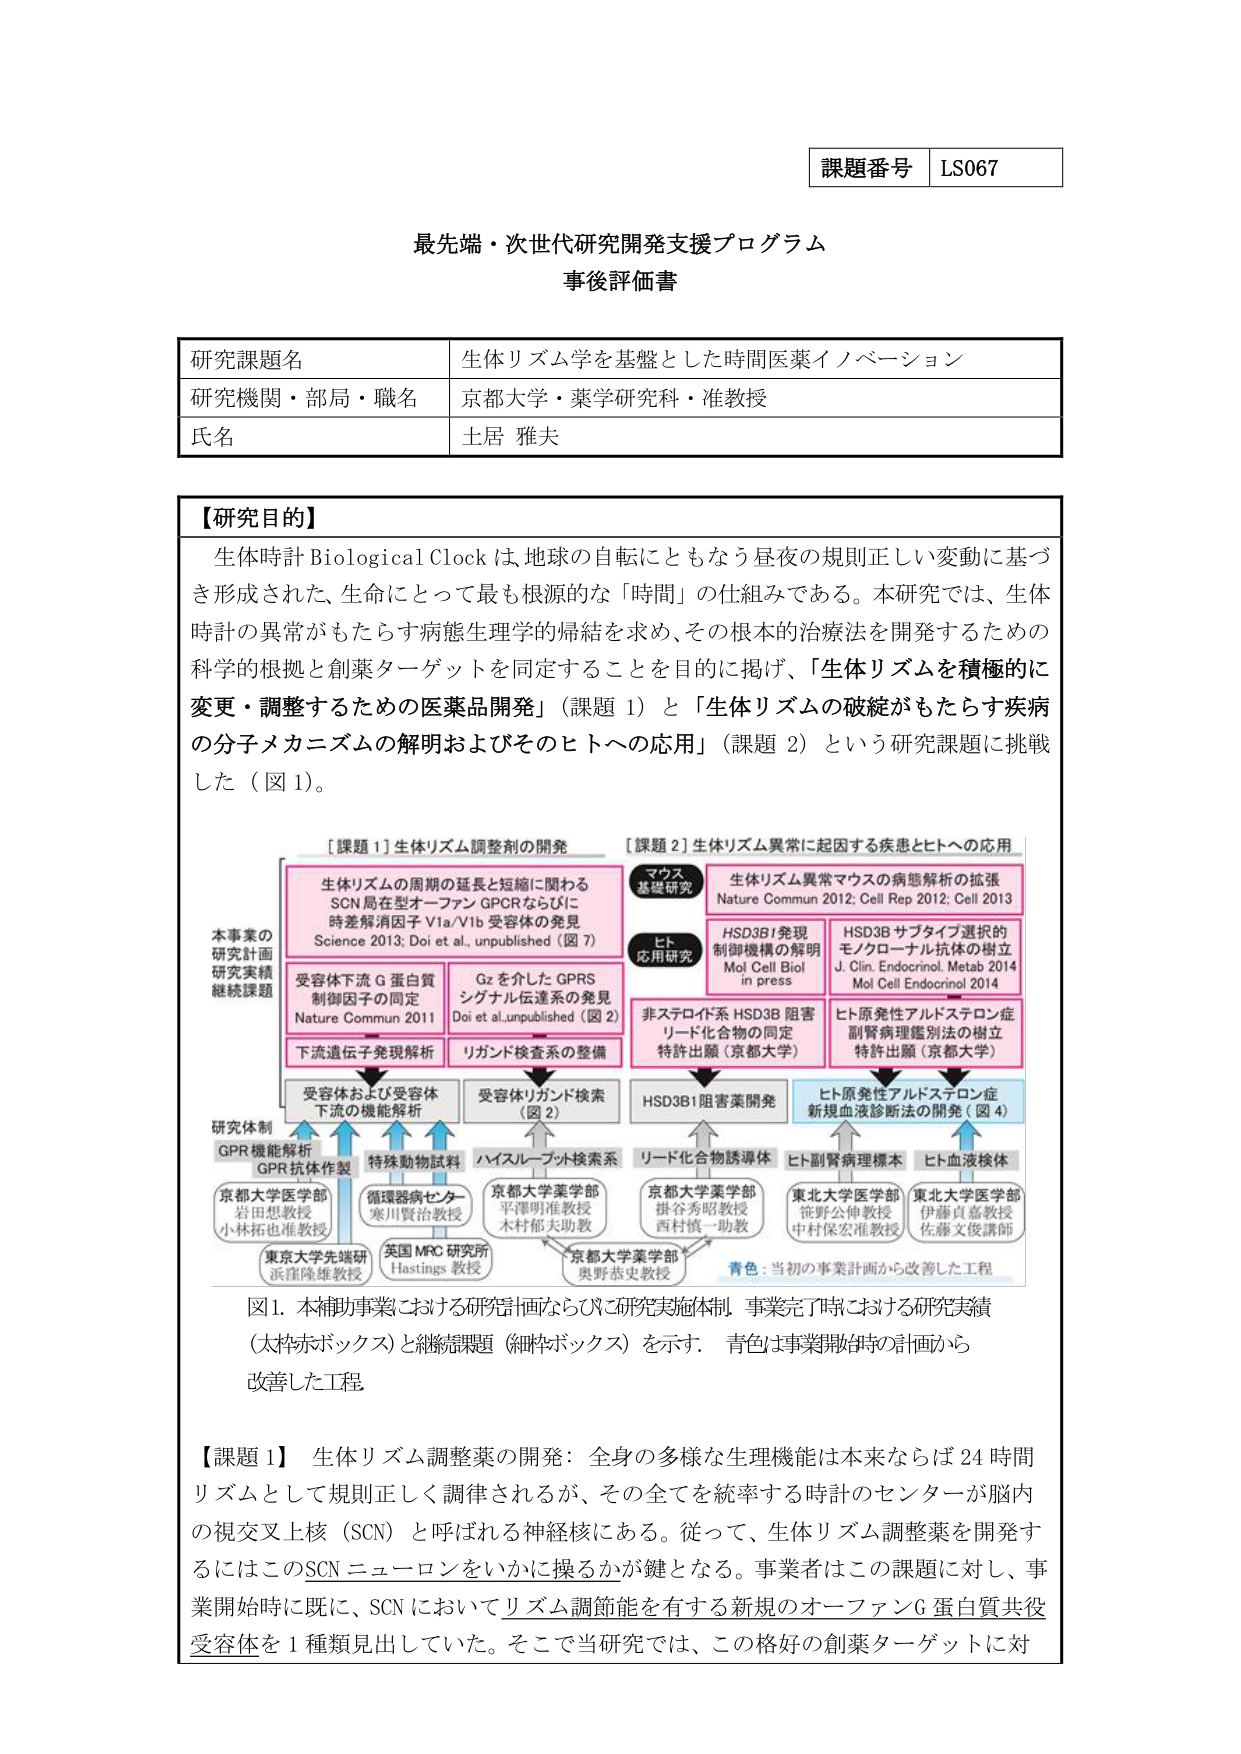
課題番号 LS067

最先端・次世代研究開発支援プログラム
事後評価書

研究課題名 生体リズム学を基盤とした時間医薬イノベーション
研究機関・部局・職名 京都大学・薬学研究科・准教授
氏名 土居 雅夫

【研究目的】
生体時計 Biological Clock は、地球の自転にともなう昼夜の規則正しい変動に基づき形成された、生命にとって最も根源的な「時間」の仕組みである。本研究では、生体時計の異常がもたらす病態生理学的帰結を求め、その根本的治療法を開発するための科学的根拠と創薬ターゲットを同定することを目的に掲げ、「生体リズムを積極的に変更・調整するための医薬品開発」（課題 1）と「生体リズムの破綻がもたらす疾病の分子メカニズムの解明およびそのヒトへの応用」（課題 2）という研究課題に挑戦した（図 1）。

[課題 1] 生体リズム調整剤の開発
[課題 2] 生体リズム異常に関因する疾患とヒトへの応用

マウス
基礎研究
生体リズム異常マウスの病態解析の拡張
Nature Commun 2012; Cell Rep 2012; Cell 2013

ヒト
応用研究
HSD3B1発現
制御機構の解明
Mol Cell Biol
in press

HSD3B サブタイプ選択的
モノクローナル抗体の樹立
J. Clin. Endocrinol. Metab 2014
Mol Cell Endocrinol 2014

生体リズムの周期の延長と短縮に関わる
SCN局在型オーファン GPCRならびに
時差解消因子 V1a/V1b 受容体の発見
Science 2013; Doi et al., unpublished（図 7）

受容体下流 G 蛋白質
制御因子の同定
Nature Commun 2011

Gz を介した GPRS
シグナル伝達系の発見
Doi et al., unpublished（図 2）

下流遺伝子発現解析
リガンド検査系の整備

受容体および受容体
下流の機能解析
受容体リガンド検索
（図 2）

非ステロイド系 HSD3B 阻害
リード化合物の同定
特許出願（京都大学）

HSD3B1阻害薬開発

ヒト原発性アルドステロン症
副腎病理鑑別法の樹立
特許出願（京都大学）

ヒト原発性アルドステロン症
新規血液診断法の開発（図 4）

研究体制
GPR機能解析
GPR 抗体作製
特殊動物試料
ハイスループット検索系
リード化合物誘導体
ヒト副腎病理標本
ヒト血液検体

京都大学医学部
岩田恵教授
小林拓也准教授

循環器病センター
寒川賢治教授

京都大学薬学部
平澤明准教授
木村郁夫助教

京都大学薬学部
掛谷秀昭教授
西村慎一助教

東北大学医学部
笹野公伸教授
中村保宏准教授

東北大学医学部
伊藤貞嘉教授
佐藤文俊講師

東京大学先端研
浜窪隆雄教授

英国 MRC 研究所
Hastings 教授

京都大学薬学部
奥野恭史教授

青色：当初の事業計画から改善した工程

図 1. 本補助事業における研究計画ならびに研究実施体制、事業完了時における研究実績（太枠ボックス）と継続課題（細枠ボックス）を示す。青色は事業開始時の計画から改善した工程。

【課題 1】 生体リズム調整薬の開発：全身の多様な生理機能は本来ならば 24 時間リズムとして規則正しく調律されるが、その全てを統率する時計のセンターが脳内の視交叉上核（SCN）と呼ばれる神経核にある。従って、生体リズム調整薬を開発するにはこの SCN ニューロンをいかに操るかが鍵となる。事業者はこの課題に対し、事業開始時に既に、SCN においてリズム調節能を有する新規のオーファン G 蛋白質共役受容体を 1 種類見出していた。そこで当研究では、この格好の創薬ターゲットに対